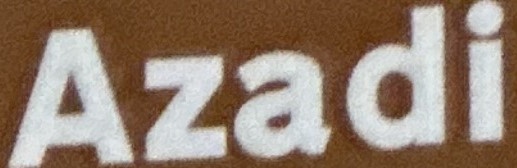
Azadi